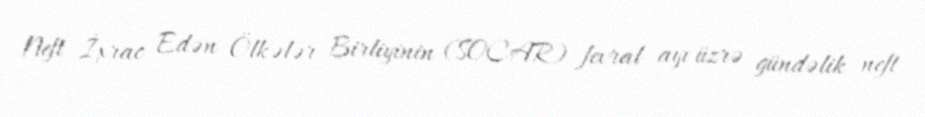
Neft İxrac Edən Ölkələr Birliyinin (SOCAR) fevral ayı üzrə gündəlik neft